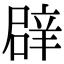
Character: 𮝻